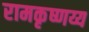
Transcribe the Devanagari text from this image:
रामकृष्णय्य